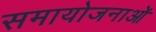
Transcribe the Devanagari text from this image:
समायोजनाओं